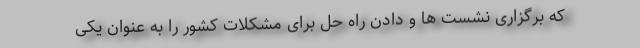
که برگزاری نشست ها و دادن راه حل برای مشکلات کشور را به عنوان یکی